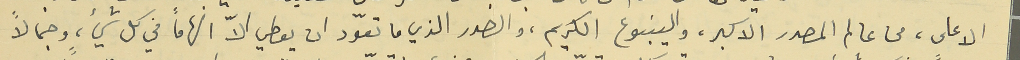
الاعلى، من عالم المصدر الاكبر، والينبوع الكريم، والصدر الذي ما تعوّد ان يعطي الاّ الهاماً في كل شيء، وجمالاً